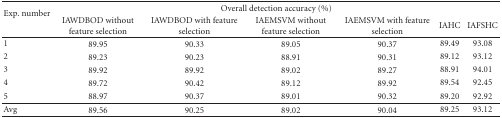
| <ROWSPAN=2> Exp. number | <COLSPAN=6> Overall detection accuracy (%) |
 | IAWDBOD without feature selection | IAWDBOD with feature selection | IAEMSVM without feature selection | IAEMSVM with feature selection | IAHC | IAFSHC |
 | --- | --- | --- | --- | --- | --- | --- |
 | 1 | 89.95 | 90.33 | 89.05 | 90.37 | 89.49 | 93.08 |
 | 2 | 89.23 | 90.23 | 88.91 | 90.31 | 89.12 | 93.12 |
 | 3 | 89.92 | 89.92 | 89.02 | 89.27 | 88.91 | 94.01 |
 | 4 | 89.72 | 90.42 | 89.12 | 89.92 | 89.54 | 92.45 |
 | 5 | 88.97 | 90.37 | 89.01 | 90.32 | 89.20 | 92.92 |
 | Avg | 89.56 | 90.25 | 89.02 | 90.04 | 89.25 | 93.12 |